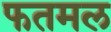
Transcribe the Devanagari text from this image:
फतमल